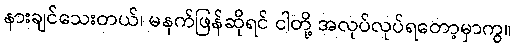
နားချင်သေးတယ်၊ မနက်ဖြန်ဆိုရင် ငါတို့ အလုပ်လုပ်ရတော့မှာကွ။